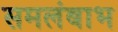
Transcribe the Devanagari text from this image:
समलंबाभ